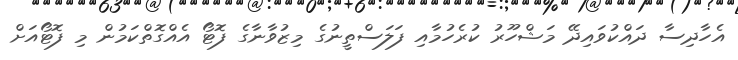
އެހާދިސާ ދައްކުވައިދޭ މަޝްހޫރު ކުރެހުމާއި ފަލަސްތީނުގެ މިޒުވާނާގެ ފޮޓޯ އެއްގޮތްކަމުން މި ފޮޓޯއަށް